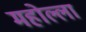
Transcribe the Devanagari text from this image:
महोल्ला